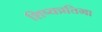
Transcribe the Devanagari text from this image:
शिष्यप्रतिभा